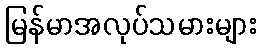
မြန်မာအလုပ်သမားများ